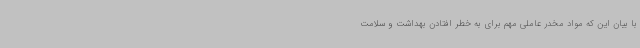
با بیان این که مواد مخدر عاملی مهم برای به خطر افتادن بهداشت و سلامت